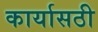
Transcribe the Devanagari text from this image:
कार्यासठी